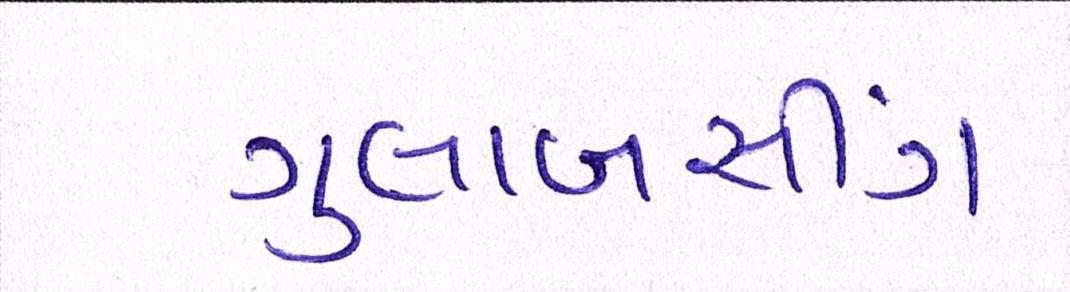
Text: ગુલાબસીંગ